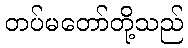
တပ်မတော်တို့သည်